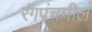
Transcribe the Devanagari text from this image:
रंगपंचमील